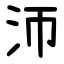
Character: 沞